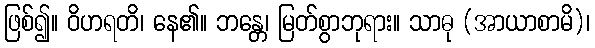
ဖြစ်၍။ ဝိဟရတိ၊ နေ၏။ ဘန္တေ၊ မြတ်စွာဘုရား။ သာဓု (အာယာစာမိ)၊